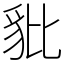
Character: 豼